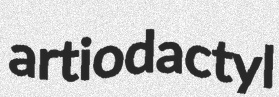
artiodactyl